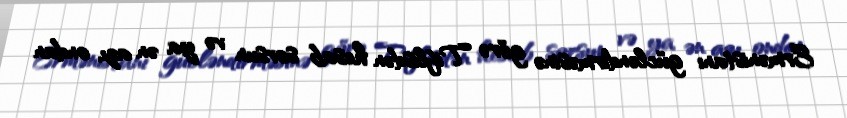
Ermənistanı gücləndirməsinə görə Tiflisdən hesab sorsun və ya ən azı, ondan